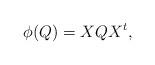
LaTeX: \begin{align*}\phi(Q)=X Q X^t,\end{align*}